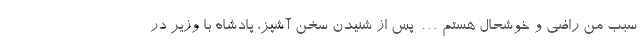
سبب من راضی و خوشحال هستم… پس از شنیدن سخن آشپز، پادشاه با وزیر در